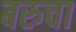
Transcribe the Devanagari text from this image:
बरुचा